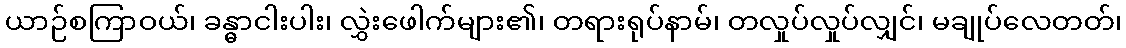
ယာဉ်စကြာဝယ်၊ ခန္ဓာငါးပါး၊ လွှဲးဖေါက်များ၏၊ တရားရုပ်နာမ်၊ တလှုပ်လှုပ်လျှင်၊ မချုပ်လေတတ်၊